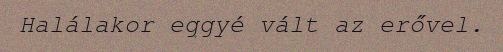
Halálakor eggyé vált az erővel.